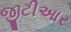
જીટીઆર